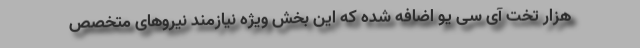
هزار تخت آی سی یو اضافه شده که این بخش ویژه نیازمند نیروهای متخصص